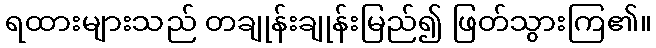
ရထားများသည် တချုန်းချုန်းမြည်၍ ဖြတ်သွားကြ၏။